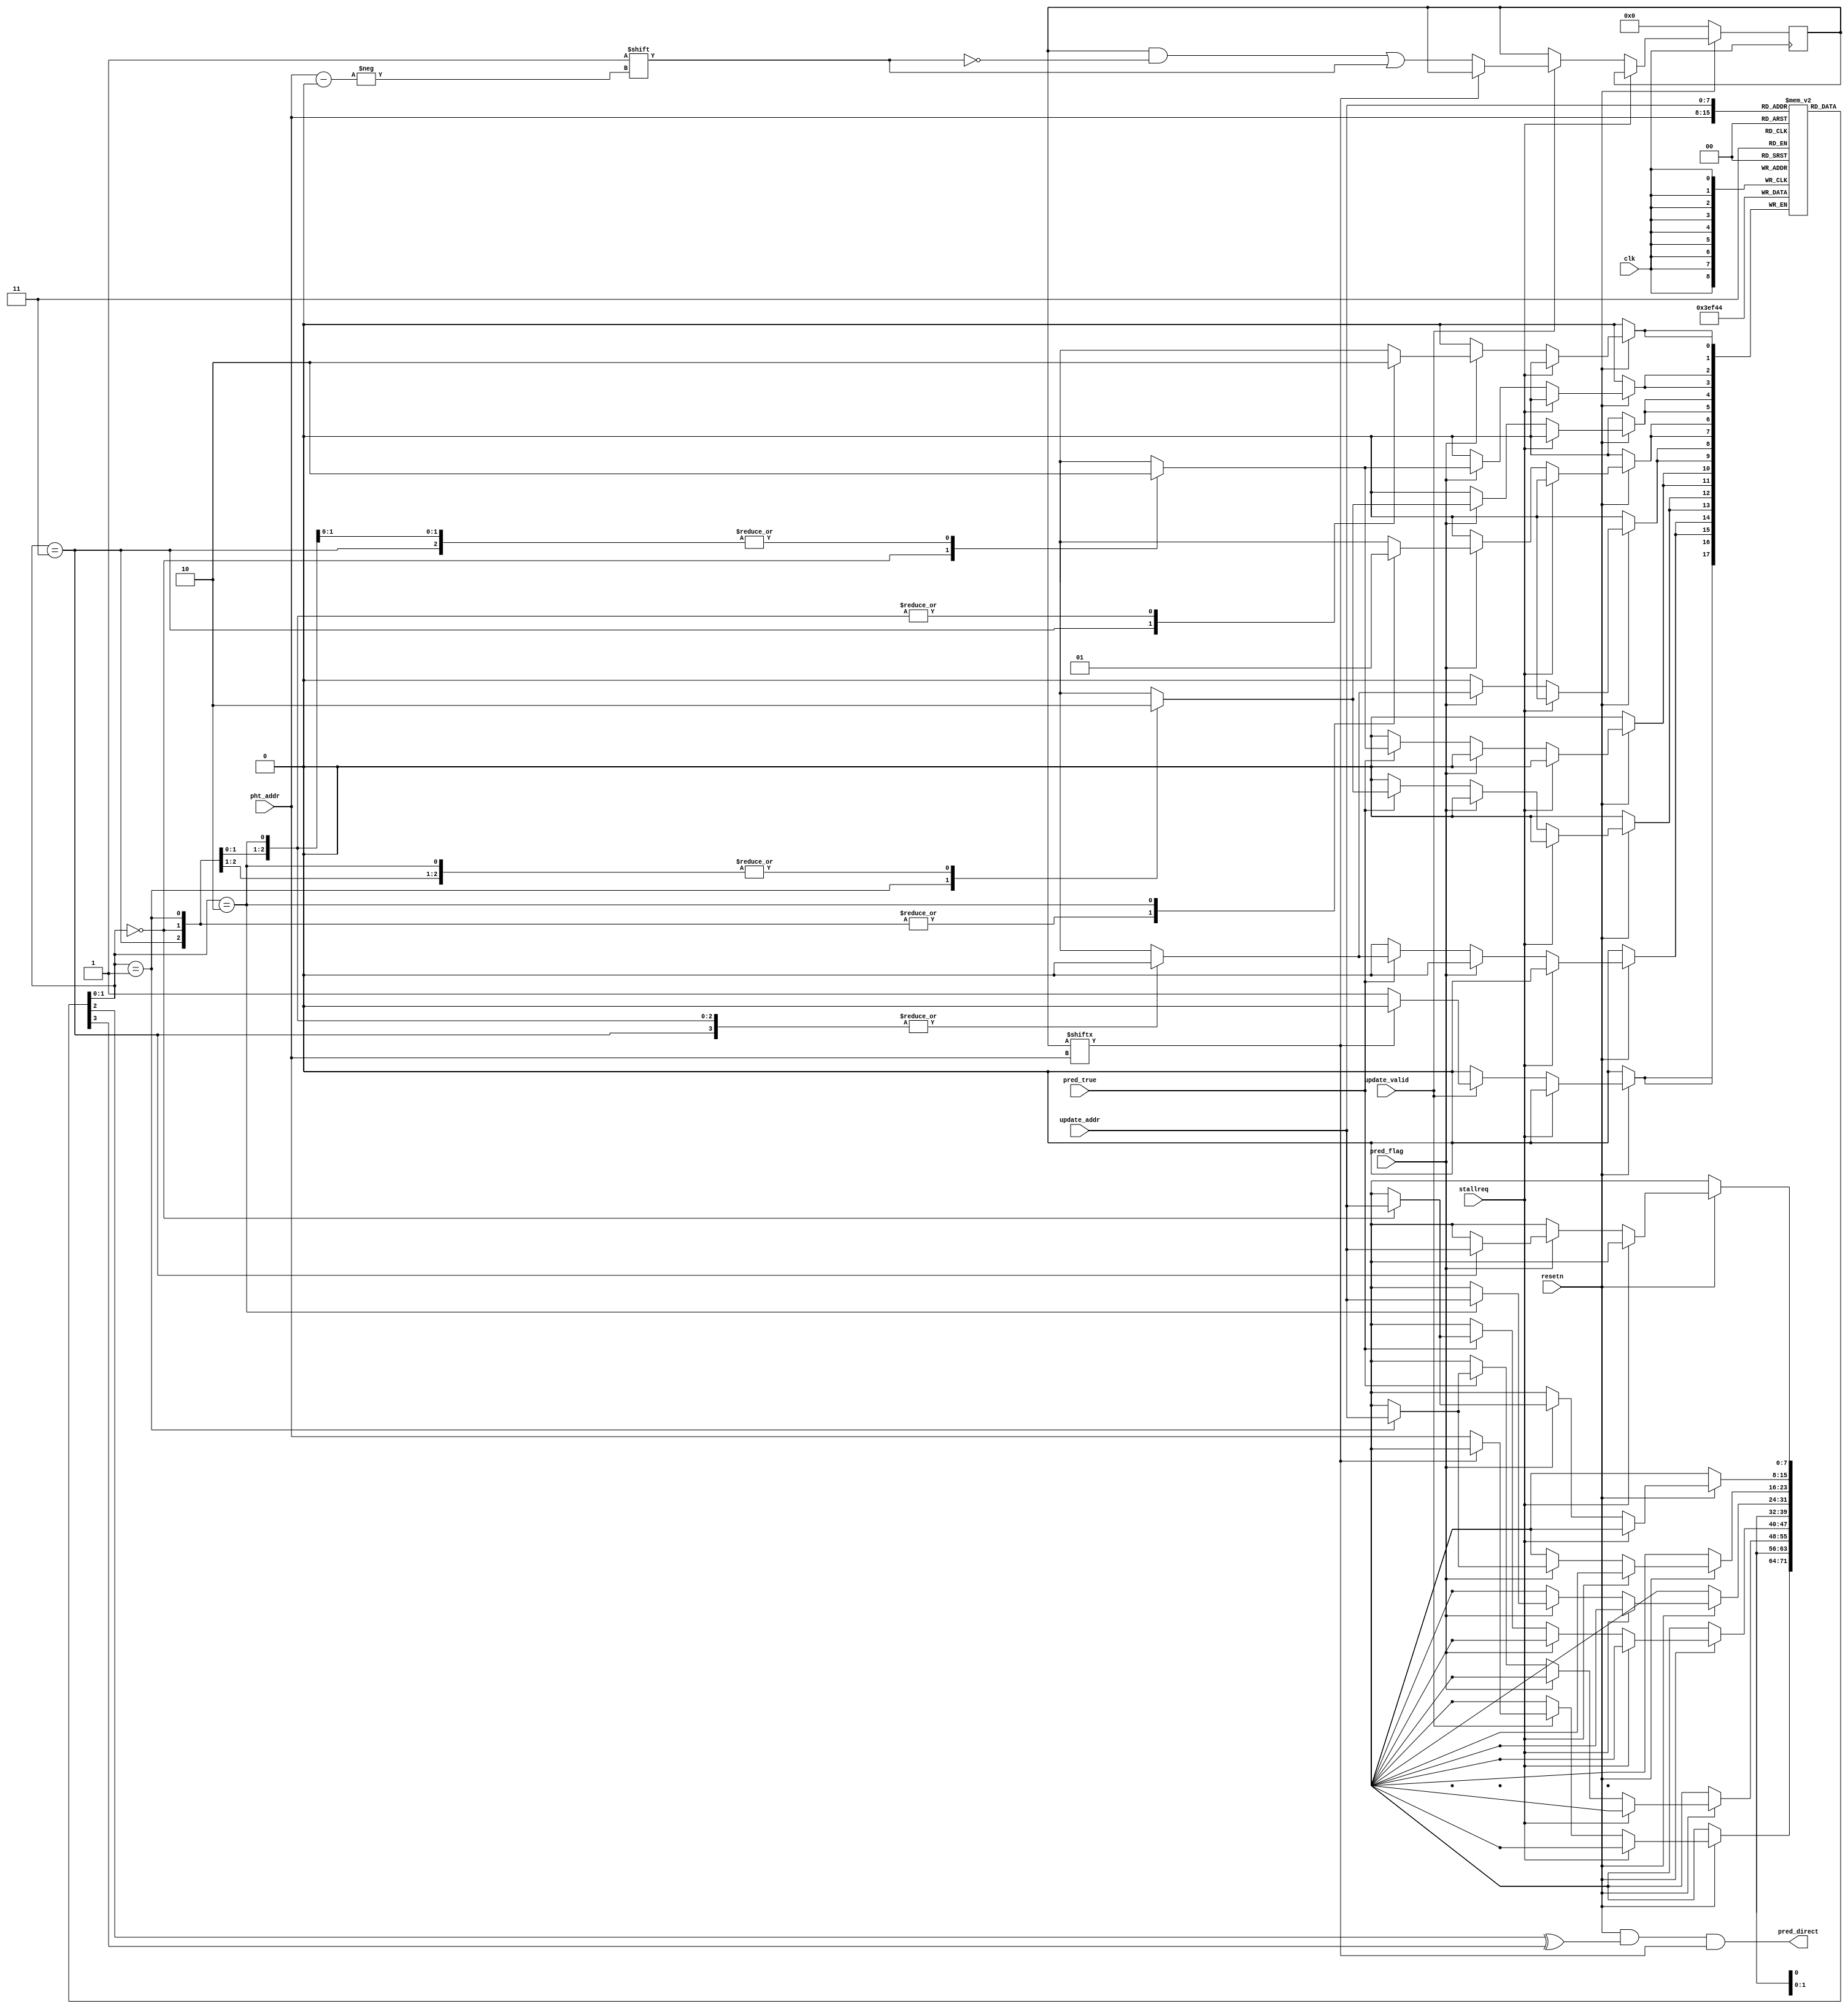
`timescale 1ns / 1ps
//////////////////////////////////////////////////////////////////////////////////
// Company: 
// Engineer: 
// 
// Design Name: 
// Module Name: pht_meta
// Project Name: 
// Target Devices: 
// Tool Versions: 
// Description: 
// 
// Dependencies: 
// 
// Revision:
// Revision 0.01 - File Created
// Additional Comments:
// 
//////////////////////////////////////////////////////////////////////////////////
/*
2'b11 :strong_Jump
2'b00 :weak_Jump
2'b01 :weak_notJump
2'b10 :strong_notJump
*/

module pht_meta(
    input           clk         ,
    input           resetn      ,
    input           stallreq    ,
    input [ 7: 0]   pht_addr    ,
    input           pred_true   ,
    input           pred_flag   ,
    input           update_valid,//only update while information is valid(branch_inst in ex_period)
    input [ 7: 0]   update_addr ,

    output          pred_direct        
    );

    reg   [ 1: 0]   pht_reg [255:0]     ;
    //reg   [ 9: 0]   pht_buffer [ 6: 0]  ;//[9:2][1:0]:predDirect_pht_addr[8]_pht[2]
    //reg   [ 2: 0]   pht_buffer_pointer  ;
    reg   [255:0]   pht_valid_list      ;
    //reg   [12: 0]   pht_buffer_second   ;//before predit!!!

    //READ
    assign          pred_direct =   resetn & (pht_reg[pht_addr][0] ^ pht_reg[pht_addr][1]) & pht_valid_list[pht_addr]  ;//because of the decoding rule

    //UPDATE
    always @(posedge clk ) begin
        if (~resetn ) begin
            pht_valid_list      <= 256'h00000000_00000000_00000000_00000000_00000000_00000000_00000000_00000000 ;
            //pht_buffer[0]       <=  10'b0000000000                                                              ;
            //pht_buffer[1]       <=  10'b0000000000                                                              ;
            //pht_buffer[2]       <=  10'b0000000000                                                              ;
            //pht_buffer[3]       <=  10'b0000000000                                                              ;
            //pht_buffer[4]       <=  10'b0000000000                                                              ;
            //pht_buffer[5]       <=  10'b0000000000                                                              ;
            //pht_buffer[6]       <=  10'b0000000000                                                              ;
            //pht_buffer_pointer  <=   3'b000                                                                     ;
        end
        else
        if (stallreq) begin
            
        end
        else          begin
            if (pred_flag) begin
                case (pht_reg[update_addr])
                    2'b11:  begin
                        pht_reg[update_addr]    <= 2'b00;
                    end 
                    2'b00:  begin
                        pht_reg[update_addr]    <= 2'b01;
                    end
                    2'b01:  begin
                        pht_reg[update_addr]    <= 2'b00;
                    end
                    2'b10:  begin
                        pht_reg[update_addr]    <= 2'b01;
                    end
                    default:begin
                        pht_reg[update_addr]    <= 2'b11;
                    end 
                endcase
            end
            else
            if (pred_true) begin
                case (pht_reg[update_addr])
                    2'b11:  begin
                    end 
                    2'b00:  begin
                        pht_reg[update_addr]    <= 2'b11;
                    end
                    2'b01:  begin
                        pht_reg[update_addr]    <= 2'b10;
                    end
                    2'b10:  begin
                    end
                    default:begin
                        pht_reg[update_addr]    <= 2'b11;
                    end
                endcase
            end
            
            if (update_valid) begin
                if (pht_valid_list[pht_addr]) begin
                end
                else                          begin
                    pht_reg[pht_addr]           <= 2'b11;
                    pht_valid_list[pht_addr]    <= 1'b1 ;
                end
            end
            else              begin  
            end    
        end
    end        
endmodule


        //!!!more simple

        /*
        case0:update_valid
            case0_1:update_valid & pred_flag
                case0_1_1:update_valid & pred_flag & address_conflicttion
                case0_1_2:update_valid & pred_flag & list_invalid
            case0_2:update_valid & pred_true
                case0_2_1:update_valid & pred_true & list_invalid
            case_0_3:update_valid & list_invalid
        case1:pred_flag
        case2:pred_true
        case3:nope
        !!!simplify
        !!!don't immediately update?
        */
        /*
        if (pred_flag) begin
            if (update_valid) begin
                if (pht_valid_list[pht_addr]) begin
                    pht_buffer[0]                   <= {pht_addr,pht_reg[pht_addr]} ;
                end
                else                          begin
                    pht_reg[pht_addr]               <= 2'b11                        ;
                    pht_valid_list[pht_addr]        <= 1'b1                         ;
                    pht_buffer[0]                   <= {pht_addr,2'b11}             ;
                end
                pht_buffer_pointer                  <= 3'b001                       ;//clear and add newest
            end
            else              begin
                pht_buffer_pointer                  <= 3'b000                       ;//clear
            end
            case (pht_buffer[0][ 1: 0])//adjust
                2'b11:  begin
                    pht_reg[pht_buffer[0][ 9: 2]]   <= 2'b00;
                end
                2'b00:  begin
                    pht_reg[pht_buffer[0][ 9: 2]]   <= 2'b01;
                end
                2'b01:  begin
                    pht_reg[pht_buffer[0][ 9: 2]]   <= 2'b00;
                end
                2'b10:  begin
                    pht_reg[pht_buffer[0][ 9: 2]]   <= 2'b01;
                end 
                default:begin
                    //do nothing
                end 
            endcase
        end
        else
        if (pred_true) begin
            if (update_valid) begin
                if (pht_valid_list[pht_addr]) begin
                    if (|pht_buffer_pointer) begin
                        pht_buffer[pht_buffer_pointer - 1'b1]   <= {pht_addr,pht_reg[pht_addr]} ;
                    end
                    else                     begin
                        pht_buffer[pht_buffer_pointer]          <= {pht_addr,pht_reg[pht_addr]} ;                        
                    end
                end
                else                          begin
                    pht_reg[pht_addr]                           <= 2'b11                        ;
                    pht_valid_list[pht_addr]                    <= 1'b1                         ;
                    if (|pht_buffer_pointer) begin
                        pht_buffer[pht_buffer_pointer - 1'b1]   <= {pht_addr,2'b11}             ;
                    end
                    else                     begin
                        pht_buffer[pht_buffer_pointer]          <= {pht_addr,2'b11}             ;                        
                    end
                end
                case (pht_buffer_pointer)
                    3'b000: begin
                    //base:do nothing
                    end
                    3'b001: begin
                    end 
                    3'b010: begin
                        pht_buffer[0]   <= pht_buffer[1];
                    end
                    3'b011: begin
                        pht_buffer[0]   <= pht_buffer[1];
                        pht_buffer[1]   <= pht_buffer[2];
                    end
                    3'b100: begin
                        pht_buffer[0]   <= pht_buffer[1];
                        pht_buffer[1]   <= pht_buffer[2];
                        pht_buffer[2]   <= pht_buffer[3];
                    end
                    3'b101: begin
                        pht_buffer[0]   <= pht_buffer[1];
                        pht_buffer[1]   <= pht_buffer[2];
                        pht_buffer[2]   <= pht_buffer[3];
                        pht_buffer[3]   <= pht_buffer[4];
                    end
                    3'b110: begin
                        pht_buffer[0]   <= pht_buffer[1];
                        pht_buffer[1]   <= pht_buffer[2];
                        pht_buffer[2]   <= pht_buffer[3];
                        pht_buffer[3]   <= pht_buffer[4];
                        pht_buffer[4]   <= pht_buffer[5];
                    end
                    default:begin
                        //do nothing
                    end 
                endcase
            end
            else       begin
                pht_buffer[0]           <= pht_buffer[1];
                pht_buffer[1]           <= pht_buffer[2];
                pht_buffer[3]           <= pht_buffer[3];
                pht_buffer[4]           <= pht_buffer[5];
                pht_buffer[5]           <= pht_buffer[6];
                if (|pht_buffer_pointer) begin
                    pht_buffer_pointer  <= pht_buffer_pointer + 3'b111  ;
                end
                else                     begin
                end
            end
            case (pht_buffer[0][ 1: 0])//update
                2'b11:  begin
                    //do nothing
                end
                2'b00:  begin
                    pht_reg[pht_buffer[0][ 9: 2]]   <= 2'b11;
                end
                2'b01:  begin
                    pht_reg[pht_buffer[0][ 9: 2]]   <= 2'b10;
                end
                2'b10:  begin
                    //do nothing
                end 
                default:begin
                    //do nothing
                end
            endcase
        end
        else
        if (update_valid) begin
            if (pht_valid_list[pht_addr]) begin
                pht_buffer[pht_buffer_pointer]      <= {pht_addr,pht_reg[pht_addr]} ;
            end
            else                          begin
                pht_buffer[pht_buffer_pointer]      <= {pht_addr,2'b11}             ;
                pht_reg[pht_addr]                   <= 2'b11                        ;
                pht_valid_list[pht_addr]            <= 2'b1                         ;
            end
            if (&pht_buffer_pointer) begin
            end
            else                     begin
                pht_buffer_pointer                  <= pht_buffer_pointer + 3'b001  ;
            end
        end
        else              begin
            //do nothing
        end
        */